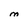
Character: M